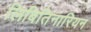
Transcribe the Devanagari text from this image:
लिबितिनारियन